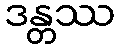
ဒန္တဿ